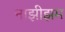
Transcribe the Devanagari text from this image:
नाझीझम